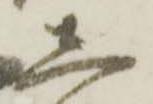
し